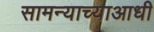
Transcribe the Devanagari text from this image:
सामन्याच्याआधी